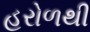
હરોળથી